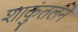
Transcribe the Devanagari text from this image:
शाकुंतलने